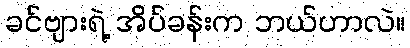
ခင်ဗျားရဲ့ အိပ်ခန်းက ဘယ်ဟာလဲ။